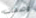
وصفات